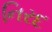
નિરદ